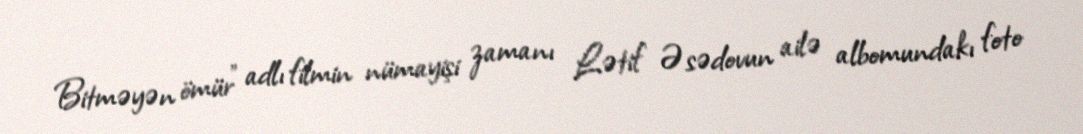
Bitməyən ömür" adlı filmin nümayişi zamanı Lətif Əsədovun ailə albomundakı foto